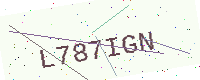
Text: L787IGN